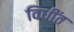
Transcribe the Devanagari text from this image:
विधींत